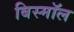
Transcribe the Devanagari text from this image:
बिस्मॉल